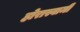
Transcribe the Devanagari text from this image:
होरास्वामीं